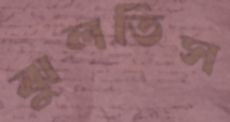
ঝুলতিস